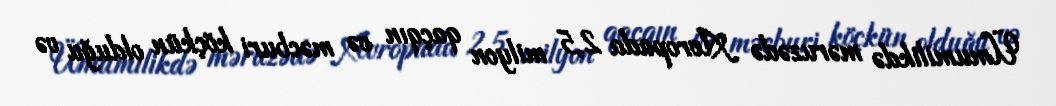
Ümumilikdə məruzədə Avropada 2,5 milyon qaçqın və məcburi köçkün olduğu və